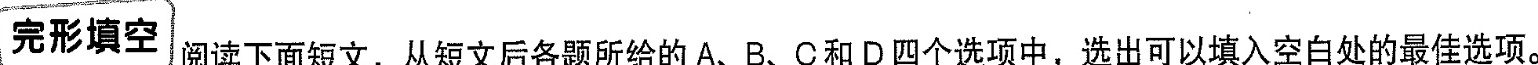
完形填空 阅读下面短文，从短文后各题所给的A、B、C和D四个选项中，选出可以填入空白处的最佳选项。